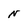
Character: N